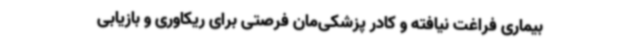
بیماری فراغت نیافته و کادر پزشکی‌مان فرصتی برای ریکاوری و بازیابی